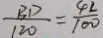
\frac { B D } { 1 2 0 } = \frac { 4 2 } { 1 0 0 }